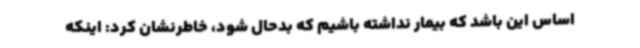
اساس این باشد که بیمار نداشته باشیم که بدحال شود، خاطرنشان کرد: اینکه